Vaccination United Provinces of Agra and Oudh 1914-1922 - 1914-1922
Year: 1914
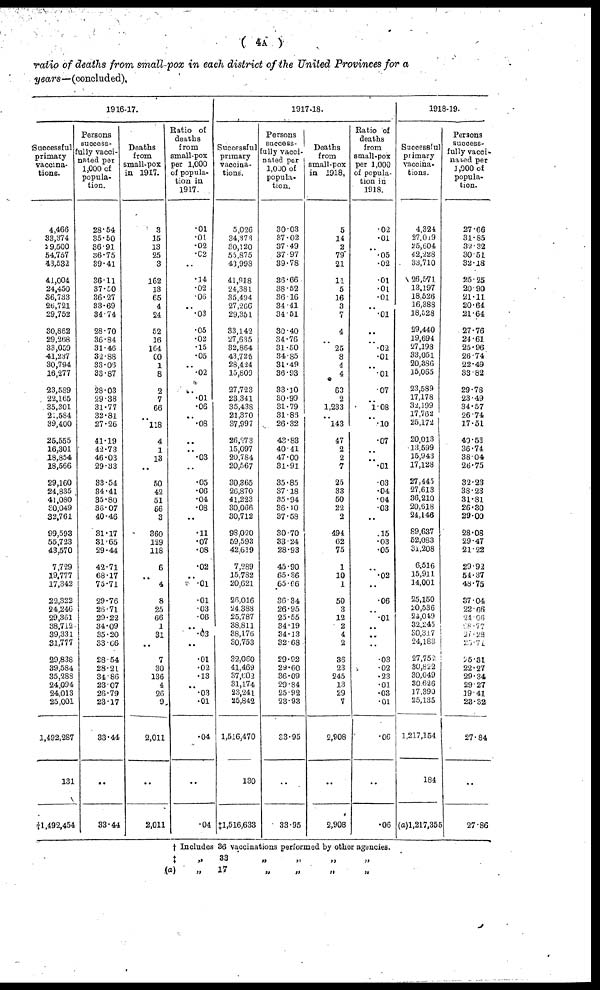
( 4A )
ratio of deaths from small-pox in each district of the United Provinces for a
years—(concluded).
1916-17.
Successful
primary
vaccina-
tions.
4,466
33,374
29,500
54,757
43,532
41,004
24,450
36,733
26,721
29,752
30,862
29,268
33,059
41,237
30,794
16,277
23,589
22,165
35,301
21,584
39,400
25,555
16,301
18,854
18,566
29,160
24,835
41,080
30,049
32,761
99,593
55,723
43,570
7,729
19,777
17,342
22,322
24,246
29,361
38,712
39,331
31,777
29,838
39,584
35,288
24,094
24,013
25,001
1,492,287
131
†1,492,454
Persons
success-
fully vacci-
nated per
1,000 of
popula-
tion.
28.54
35.50
36.91
36.75
39.41
36.11
37.50
36.27
33.69
34.74
28.70
36.84
31.46
32.88
33.06
33.87
28.03
29.38
31.77
32.81
27.26
41.19
42.73
46.03
29.33
33.54
34.41
35.80
36.07
40.46
31.17
31.65
29.44
42.71
68.17
75.71
29.76
26.71
29.22
34.09
35.20
33.66
28.54
28.21
34.86
23.07
26.79
23.17
33.44
..
33.44
Deaths
from
small-pox
in 1917.
3
15
13
25
3
162
13
65
4
24
52
16
164
60
1
8
2
7
66
..
118
4
1
13
..
50
42
51
66
3
360
129
118
6
..
4
8
25
66
1
31
..
7
30
136
4
26
9
2,011
..
2,011
Ratio of
deaths
from
small-pox
per 1,000
of popula-
tion in
1917.
.01
.01
.02
.02
..
.14
.02
.06
..
.03
.05
.02
.15
.05
..
.02
..
.01
.06
..
.08
..
..
.03
..
.05
.06
.04
.08
..
.11
.07
.08
.02
..
.01
.01
.03
.06
..
.03
..
.01
.02
.13
..
.03
.01
.04
..
.04
1917-18.
Successful
primary
vaccina-
tions.
5,026
34,373
30,120
55,875
43,998
41,918
24,381
35,494
27,266
29,351
33,142
27,635
32,864
43,725
28,424
15,809
27,723
23,341
35,438
21,370
37,997
26,273
15,097
20,784
20,567
30,365
26,870
41,223
30,066
30,712
98,020
59,593
42,619
7,289
15,782
20,621
26,016
24,388
25,787
38,811
38,176
30,753
32,060
41,469
37,602
31,174
23,241
25,842
1,516,470
130
‡1,516,633
Persons
success-
fully vacci-
nated per
1,000 of
popula-
tion.
30.03
37.02
37.49
37.97
39.78
36.66
38.52
36.16
34.41
34.51
30.40
34.76
31.50
34.85
31.49
36.93
33.10
30.99
31.79
31.86
26.32
43.83
40.41
47.00
31.91
35.85
37.18
35.94
36.10
37.58
30.70
33.24
28.93
45.90
65.36
65.66
36.34
26.95
25.55
34.19
34.13
32.68
29.92
29.60
36.09
29.84
25.92
23.93
33.95
..
33.95
Deaths
from
small-pox
in 1918.
5
14
2
79
21
11
5
16
3
7
4
..
25
8
4
4
63
2
1,233
..
143
47
2
2
7
25
33
50
22
2
494
62
75
1
10
1
50
3
12
2
4
2
36
23
245
13
29
7
2,908
..
2,908
Ratio of
deaths
from
small-pox
per 1,000
of popula-
tion in
1918.
.02
.01
..
.05
.02
.01
.01
.01
..
.01
..
..
.02
.01
..
.01
.07
..
1.08
..
.10
.07
..
..
.01
.03
.04
.04
.03
..
.15
.03
.05
..
.02
..
.06
..
.01
..
..
..
.03
.02
.23
.01
.03
.01
.06
..
.06
1918-19.
Successful
primary
vaccina-
tions.
4,324
27,019
25,604
42,228
33,710
26,571
13,197
18,526
16,388
18,528
29,440
19,694
27,198
33,051
20,386
15,065
23,589
17,178
32,199
17,762
25,172
20,013
13,599
15,943
17,128
27,445
27,613
36,210
20,618
24,146
89,637
52,083
31,208
6,516
15,911
14,001
25,150
20,536
24,049
32,245
30,317
24,183
27,752
30,822
30,049
30,626
17,390
25,135
1,217,154
184
(a)1,217,355
Persons
success-
fully vacci-
nated per
1,000 of
popula-
tion.
27.66
31.85
32.32
30.51
32.18
25.25
20.90
21.11
20.64
21.64
27.76
24.61
25.96
26.74
22.49
33.82
29.78
23.49
34.57
26.74
17.51
40.53
36.74
38.04
26.75
32.23
38.23
31.81
26.30
29.00
28.08
29.47
21.22
29.92
54.37
48.75
37.04
22.66
24.06
28.77
27.28
23.71
25.31
22.27
29.34
29.27
19.41
23.32
27.84
..
27.86
† Includes 36 vaccinations performed by other agencies.
‡ „
(a) „
33
17
„
„
„
„
„
„
„
„